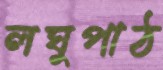
লঘুপাঠ